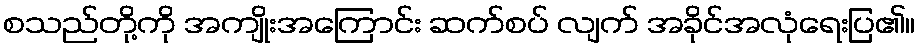
စသည်တို့ကို အကျိုးအကြောင်း ဆက်စပ် လျက် အခိုင်အလုံရေးပြ၏။